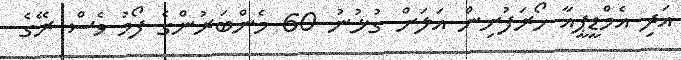
އަދި އެމްޑީޕީއާ ހޯރަފުށިން އަލަށް ގުޅުނު 60 މެންބަރުންގެ ފޯމު ވެސް ރޭގެ